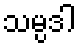
သမ္ပဒါ